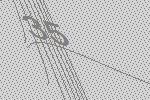
35